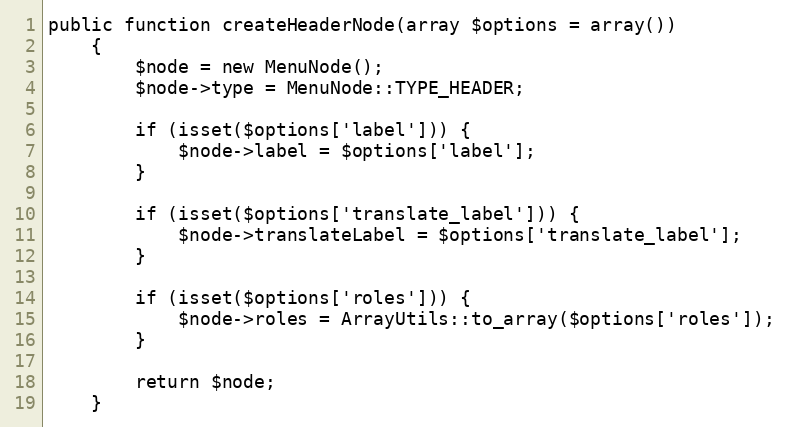
Language: PHP
public function createHeaderNode(array $options = array())
    {
        $node = new MenuNode();
        $node->type = MenuNode::TYPE_HEADER;

        if (isset($options['label'])) {
            $node->label = $options['label'];
        }

        if (isset($options['translate_label'])) {
            $node->translateLabel = $options['translate_label'];
        }

        if (isset($options['roles'])) {
            $node->roles = ArrayUtils::to_array($options['roles']);
        }

        return $node;
    }